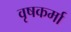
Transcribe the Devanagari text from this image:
वृषकर्मा